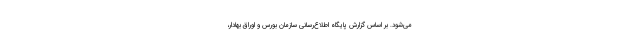
می‌شود. بر اساس گزارش پایگاه اطلاع‌رسانی سازمان بورس و اوراق بهادار،